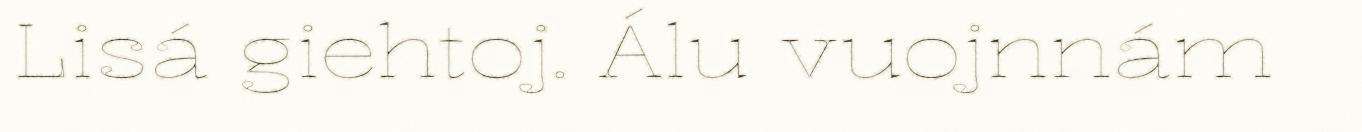
Lisá giehtoj. Álu vuojnnám